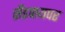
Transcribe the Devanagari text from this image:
सँडपायपर